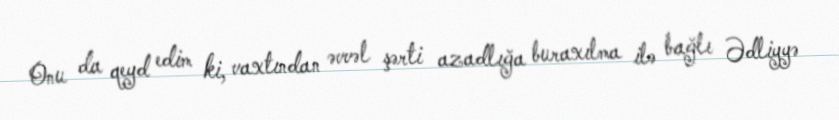
Onu da qeyd edim ki, vaxtından əvvəl şərti azadlığa buraxılma ilə bağlı Ədliyyə